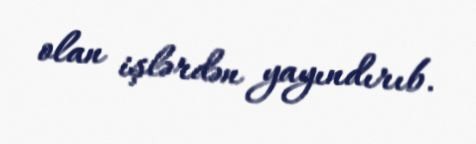
olan işlərdən yayındırıb.